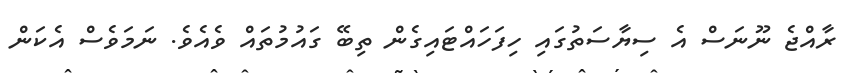
ރާއްޖެ ނޫނަސް އެ ސިޔާސަތުގައި ހިފަހައްޓައިގެން ތިބޭ ގައުމުތައް ވެއެވެ. ނަމަވެސް އެކަން